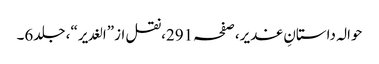
حوالہ داستانِ غدیر،صفحہ291،نقل از”الغدیر“، جلد6۔